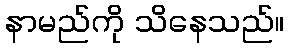
နာမည်ကို သိနေသည်။